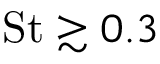
\mathrm { S t } \gtrsim 0 . 3